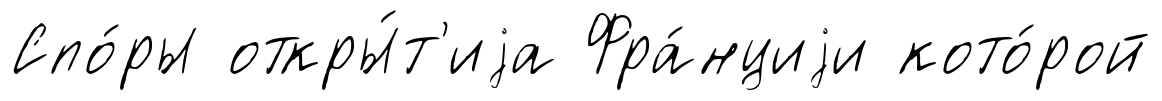
Спо́ры откры́т'иjа Фра́нциjи кото́рой